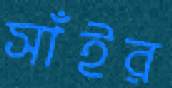
সাঁইর